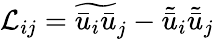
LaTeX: \mathcal{L}_{ij}={\widetilde{\bar{u}_{i}\bar{u}}_{j}}-\tilde{\bar{u}}_{i}\tilde{\bar{u}}_{j}